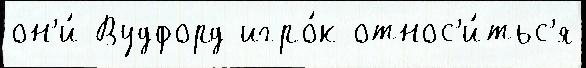
он'и́ Вудфорд игро́к относ'и́тьс'я